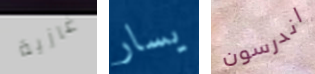
غازية يسار اندرسون